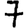
Digit: 7